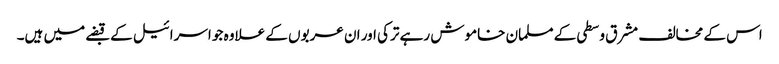
اس کے مخالف مشرق وسطی کے مسلمان خاموش رہے ترکی اور ان عربوں کے علاوہ جو اسرائیل کے قبضے میں ہیں۔